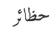
حظائر